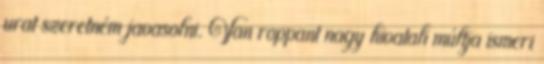
urat szeretném javasolni. Van roppant nagy hivatali múltja ismeri